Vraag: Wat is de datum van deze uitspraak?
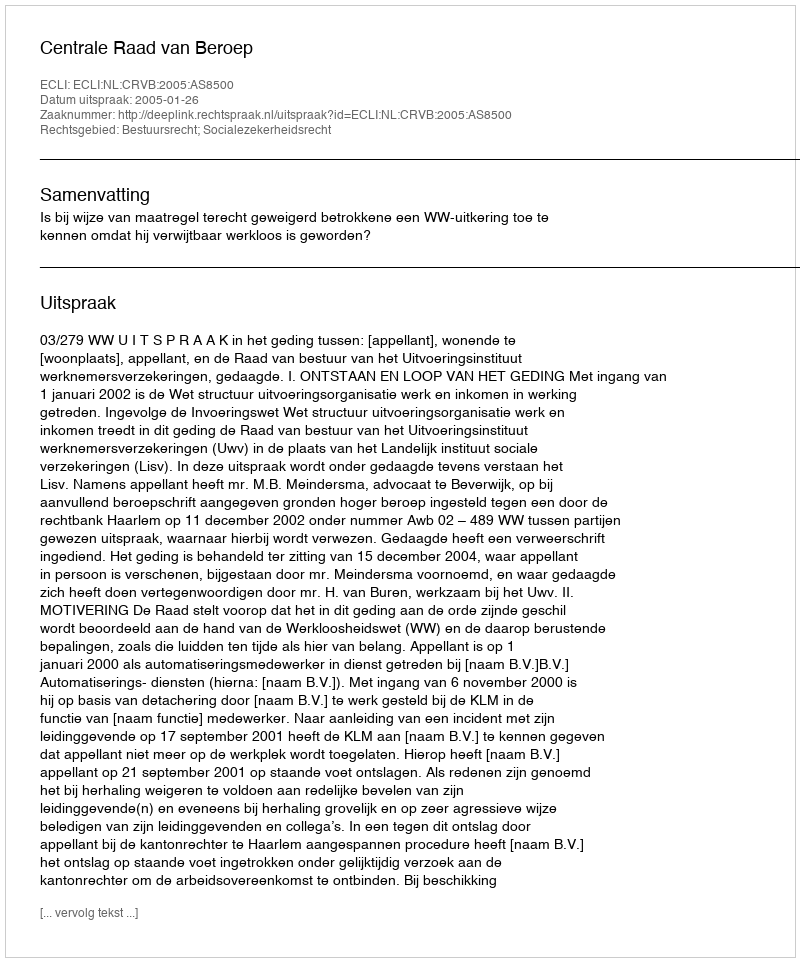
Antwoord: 2005-01-26